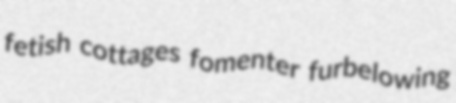
fetish cottages fomenter furbelowing